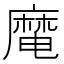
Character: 𪎜